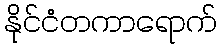
နိုင်ငံတကာရောက်